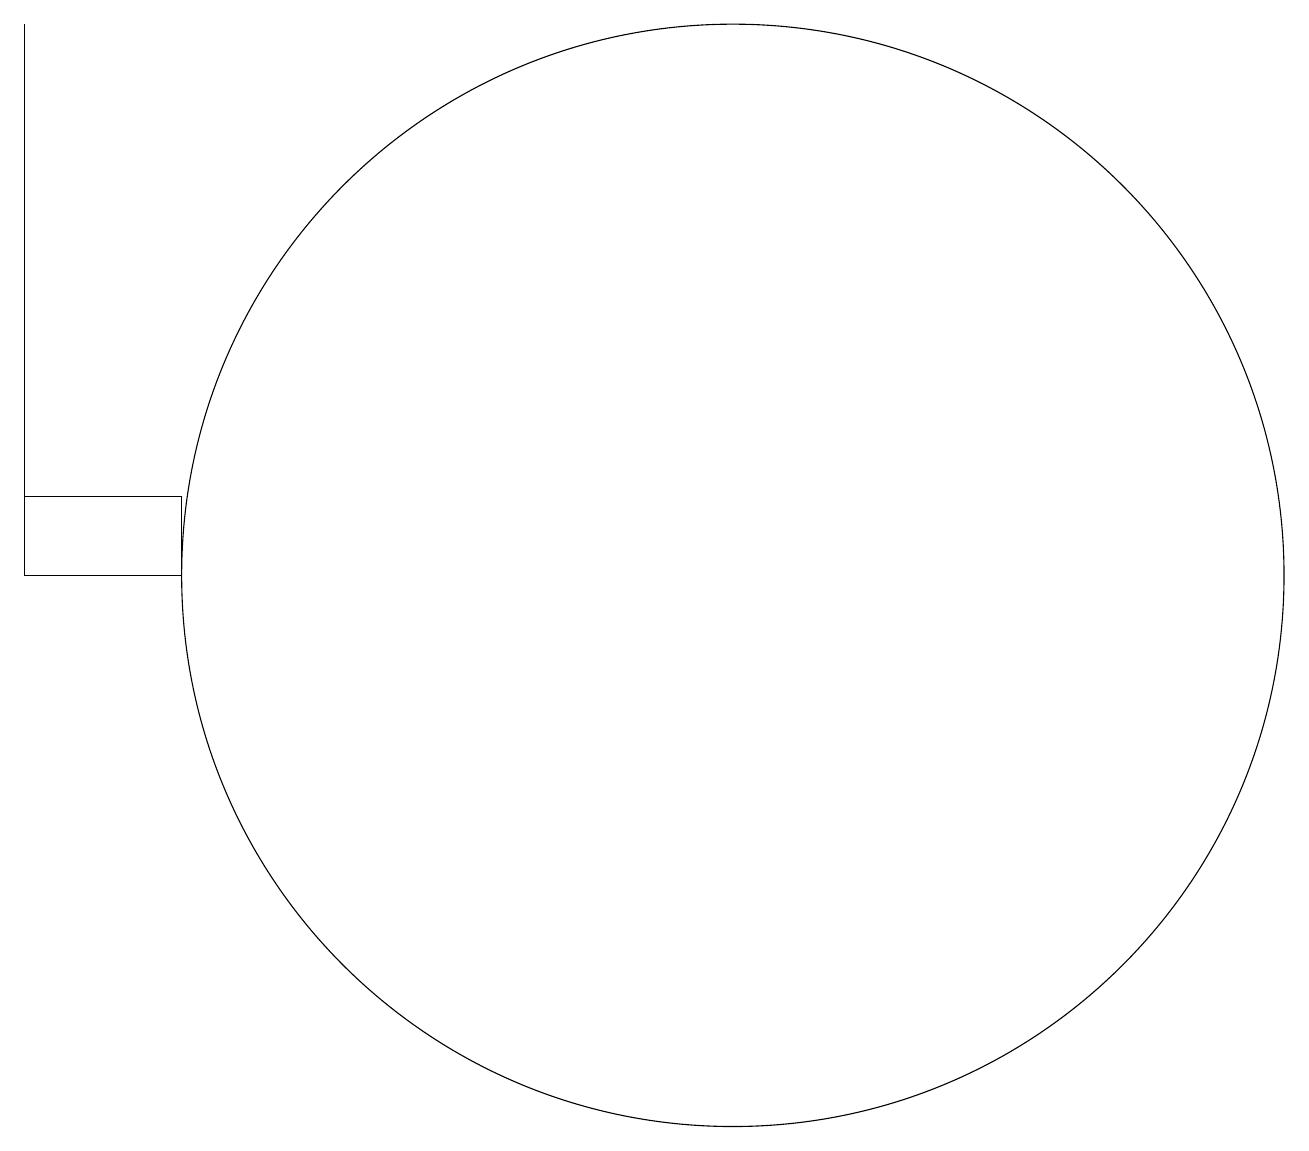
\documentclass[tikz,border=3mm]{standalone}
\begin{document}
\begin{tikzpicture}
\draw (4,12) rectangle (2,11);
\draw (2,11) rectangle (2,18);
\draw (11,11) circle (7);
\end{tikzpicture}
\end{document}